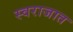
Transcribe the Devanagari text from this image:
स्वराजात